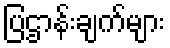
ပြဌာန်းချက်များ